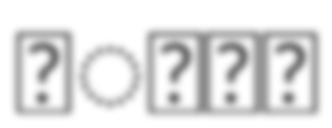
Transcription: मोहन